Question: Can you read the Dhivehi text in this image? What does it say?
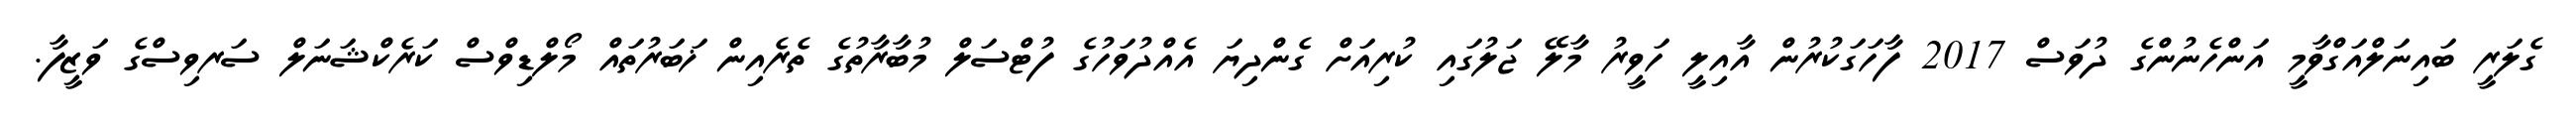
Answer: ގެލަރީ ބައިނަލްއަގްވާމީ އަންހެނުންގެ ދުވަސް 2017 ފާހަގަކުރުން އާއިލީ ހަވީރު މާލޭ ޖަލުގައި ކުރިއަށް ގެންދިޔަ އެއްދުވަހުގެ ފުޓްސަލް މުބާރާތުގެ ތެރެއިން ޚަބަރުތައް މޯލްޑިވްސް ކަރެކްޝަނަލް ސަރވިސްގެ ވަޒީފާ.